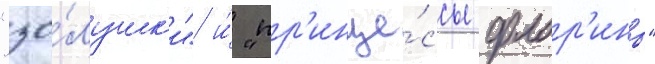
"зо́лушк'и" и́ "пр'инце́ссы флор'ины"